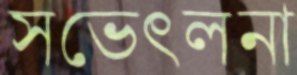
সভেৎলনা